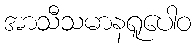
အာသီသမာနရူပေါဝ